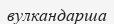
вулкандарша